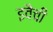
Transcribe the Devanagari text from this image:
इवैची